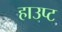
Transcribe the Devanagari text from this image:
हाउप्ट